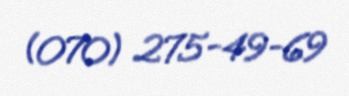
(070) 275-49-69